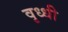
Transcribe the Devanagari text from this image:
वृध्धी